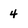
Character: 4